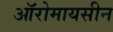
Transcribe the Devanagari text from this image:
ऑरोमायसीन